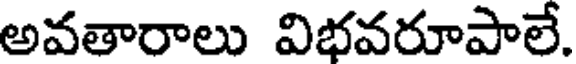
అవతారాలు విభవరూపాలే.